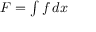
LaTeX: \textstyle F = \int f \, d x